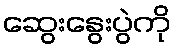
ဆွေးနွေးပွဲကို